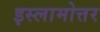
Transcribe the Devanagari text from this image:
इस्लामोत्तर